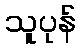
သူပုန်